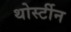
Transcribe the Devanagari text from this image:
थोर्स्टीन